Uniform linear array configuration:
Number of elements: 64
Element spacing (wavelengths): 1
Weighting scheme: binomial
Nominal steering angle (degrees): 45
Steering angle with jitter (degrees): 45.887
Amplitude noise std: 0.05
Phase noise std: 0.05

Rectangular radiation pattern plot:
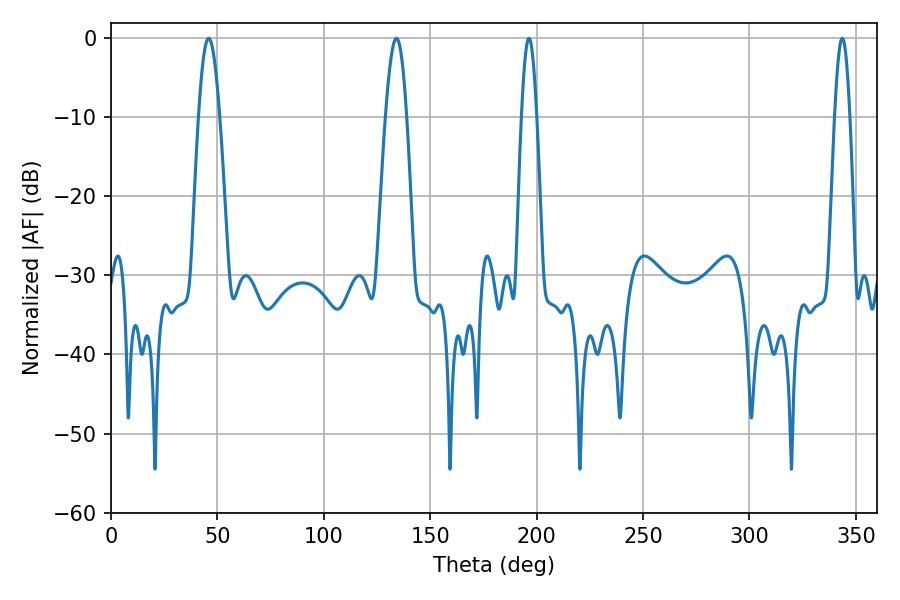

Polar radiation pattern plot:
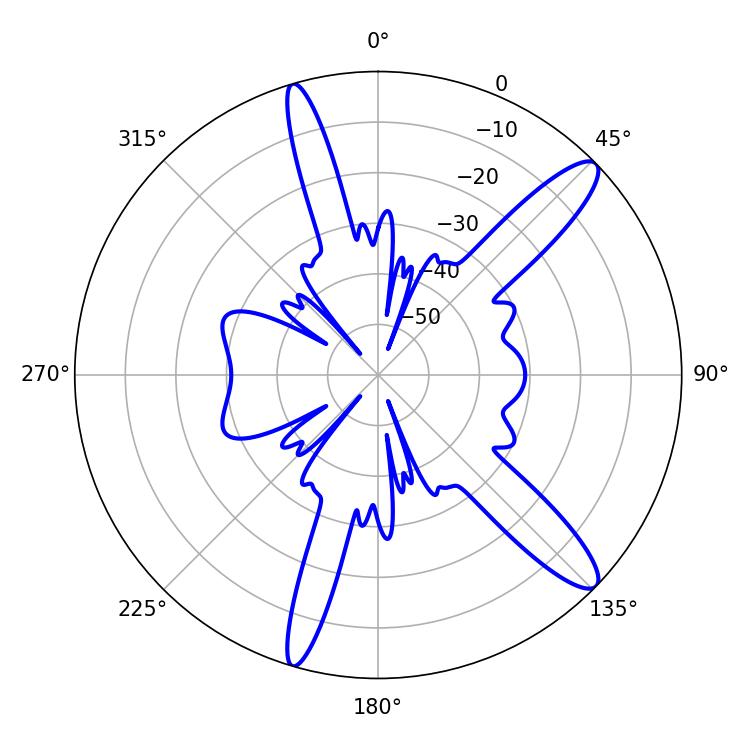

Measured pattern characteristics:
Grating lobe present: TRUE
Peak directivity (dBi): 12.794
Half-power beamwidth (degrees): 3.78
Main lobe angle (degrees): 343.62